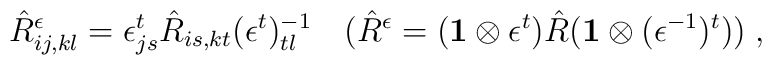
\hat{R}_{ij,kl}^{\epsilon} = \epsilon^{t}_{js} \hat{R}_{is,kt}(\epsilon^{t})^{-1}_{tl} \quad (\hat{R}^{\epsilon} = ({\bf 1}\otimes \epsilon^{t})\hat{R} ({\bf 1} \otimes (\epsilon^{-1})^{t}))\;,